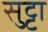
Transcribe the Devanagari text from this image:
सुट्टा